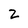
Character: 2